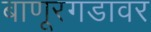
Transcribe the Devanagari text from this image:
बाणूरगडावर